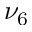
\nu _ { 6 }